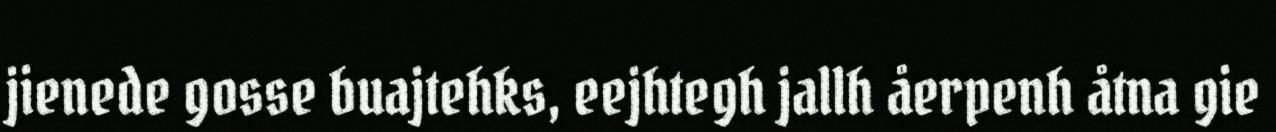
jienede gosse buajtehks, eejhtegh jallh åerpenh åtna gie